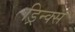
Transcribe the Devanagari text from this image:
ड्रिन्क्स